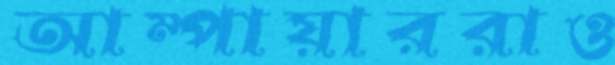
আম্পায়াররাও